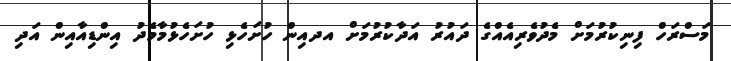
މަސްރަހް ފިނިކުރުމަށް މެދުވެރިއެއްގެ ދައުރު އަދާކުރުމަށް އދއިން ހުށަހެޅި ހުށަހެޅުމާމެދު އިންޑިއާއިން އަދި